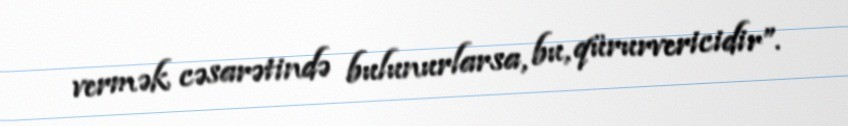
vermək cəsarətində bulunurlarsa, bu, qürurvericidir”.